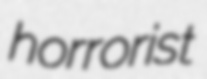
horrorist